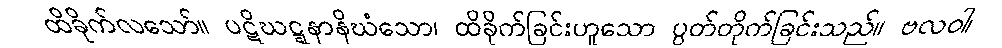
ထိခိုက်လသော်။ ပဋိဃဋ္ဋနာနိဃံသော၊ ထိခိုက်ခြင်းဟူသော ပွတ်တိုက်ခြင်းသည်။ ဗလဝါ၊